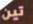
تين